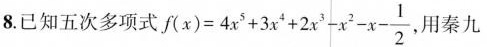
8. 已知五次多项式 $$f ( x ) = 4 x^{ 5 } + 3 x^{ 4 } + 2 x^{ 3 } - x^{ 2 } - x -